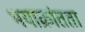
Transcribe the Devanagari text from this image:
भयाक्रांतता